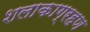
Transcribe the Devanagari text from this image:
शलाकाग्रहण